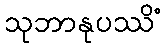
သုဘာနုပဿိံ